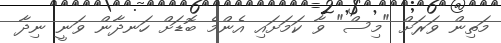
މަތިން ވަރަށް "މިސް" ވާ ކަމަށައި އެންމެ ބޮޑަށް ހަނދާން ވަނީ ނިދާ